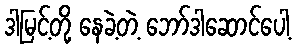
ဒါမြင့်တို့ နေခဲ့တဲ့ ဘော်ဒါဆောင်ပေါ့